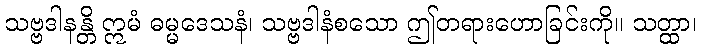
သဗ္ဗဒါနန္တိ ဣမံ ဓမ္မဒေသနံ၊ သဗ္ဗဒါနံစသော ဤတရားဟောခြင်းကို။ သတ္ထာ၊